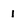
Character: 1